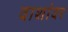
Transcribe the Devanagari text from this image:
वाशांवर